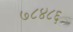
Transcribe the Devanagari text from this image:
७८४८६